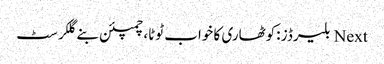
Next بلیرڈز :کوٹھاری کا خواب ٹوٹا، چمپئن بنے گلکرسٹ